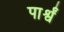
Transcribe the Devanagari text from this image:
पार्श्वं